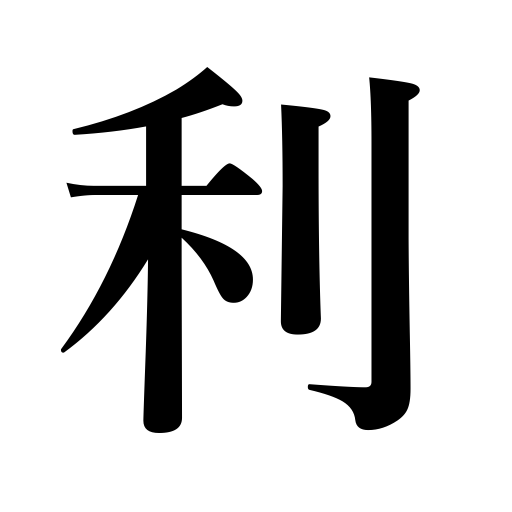
Meanings: operate,gain,advantage,tell on one's strength,interest,victory,be available bus or phone,do a person good,benefit,work,take effect